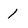
Character: 1